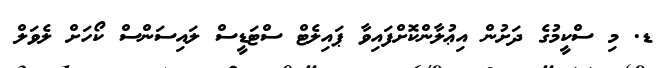
ޑ. މި ސްކީމުގެ ދަށުން އިޢުލާންކޮށްފައިވާ ޕައިލެޓް ސްޓަޑީސް ލައިސަންސް ކޯހަށް ލެވަލް